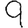
Digit: 9